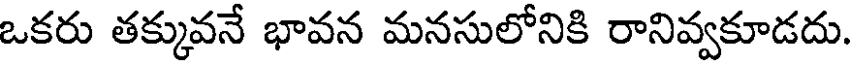
ఒకరు తక్కువనే భావన మనసులోనికి రానివ్వకూడదు.